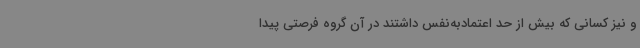
و نیز کسانی که بیش از حد اعتمادبه‌نفس داشتند در آن گروه فرصتی پیدا